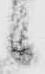
之